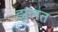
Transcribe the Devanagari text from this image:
झुलत